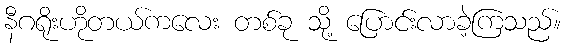
နီဂရိုးဟိုတယ်ကလေး တစ်ခု သို့ ပြောင်းလာခဲ့ကြသည်။